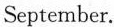
September.